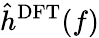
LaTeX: \hat{h}^{\mathrm{DFT}}(f)